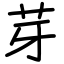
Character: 芽